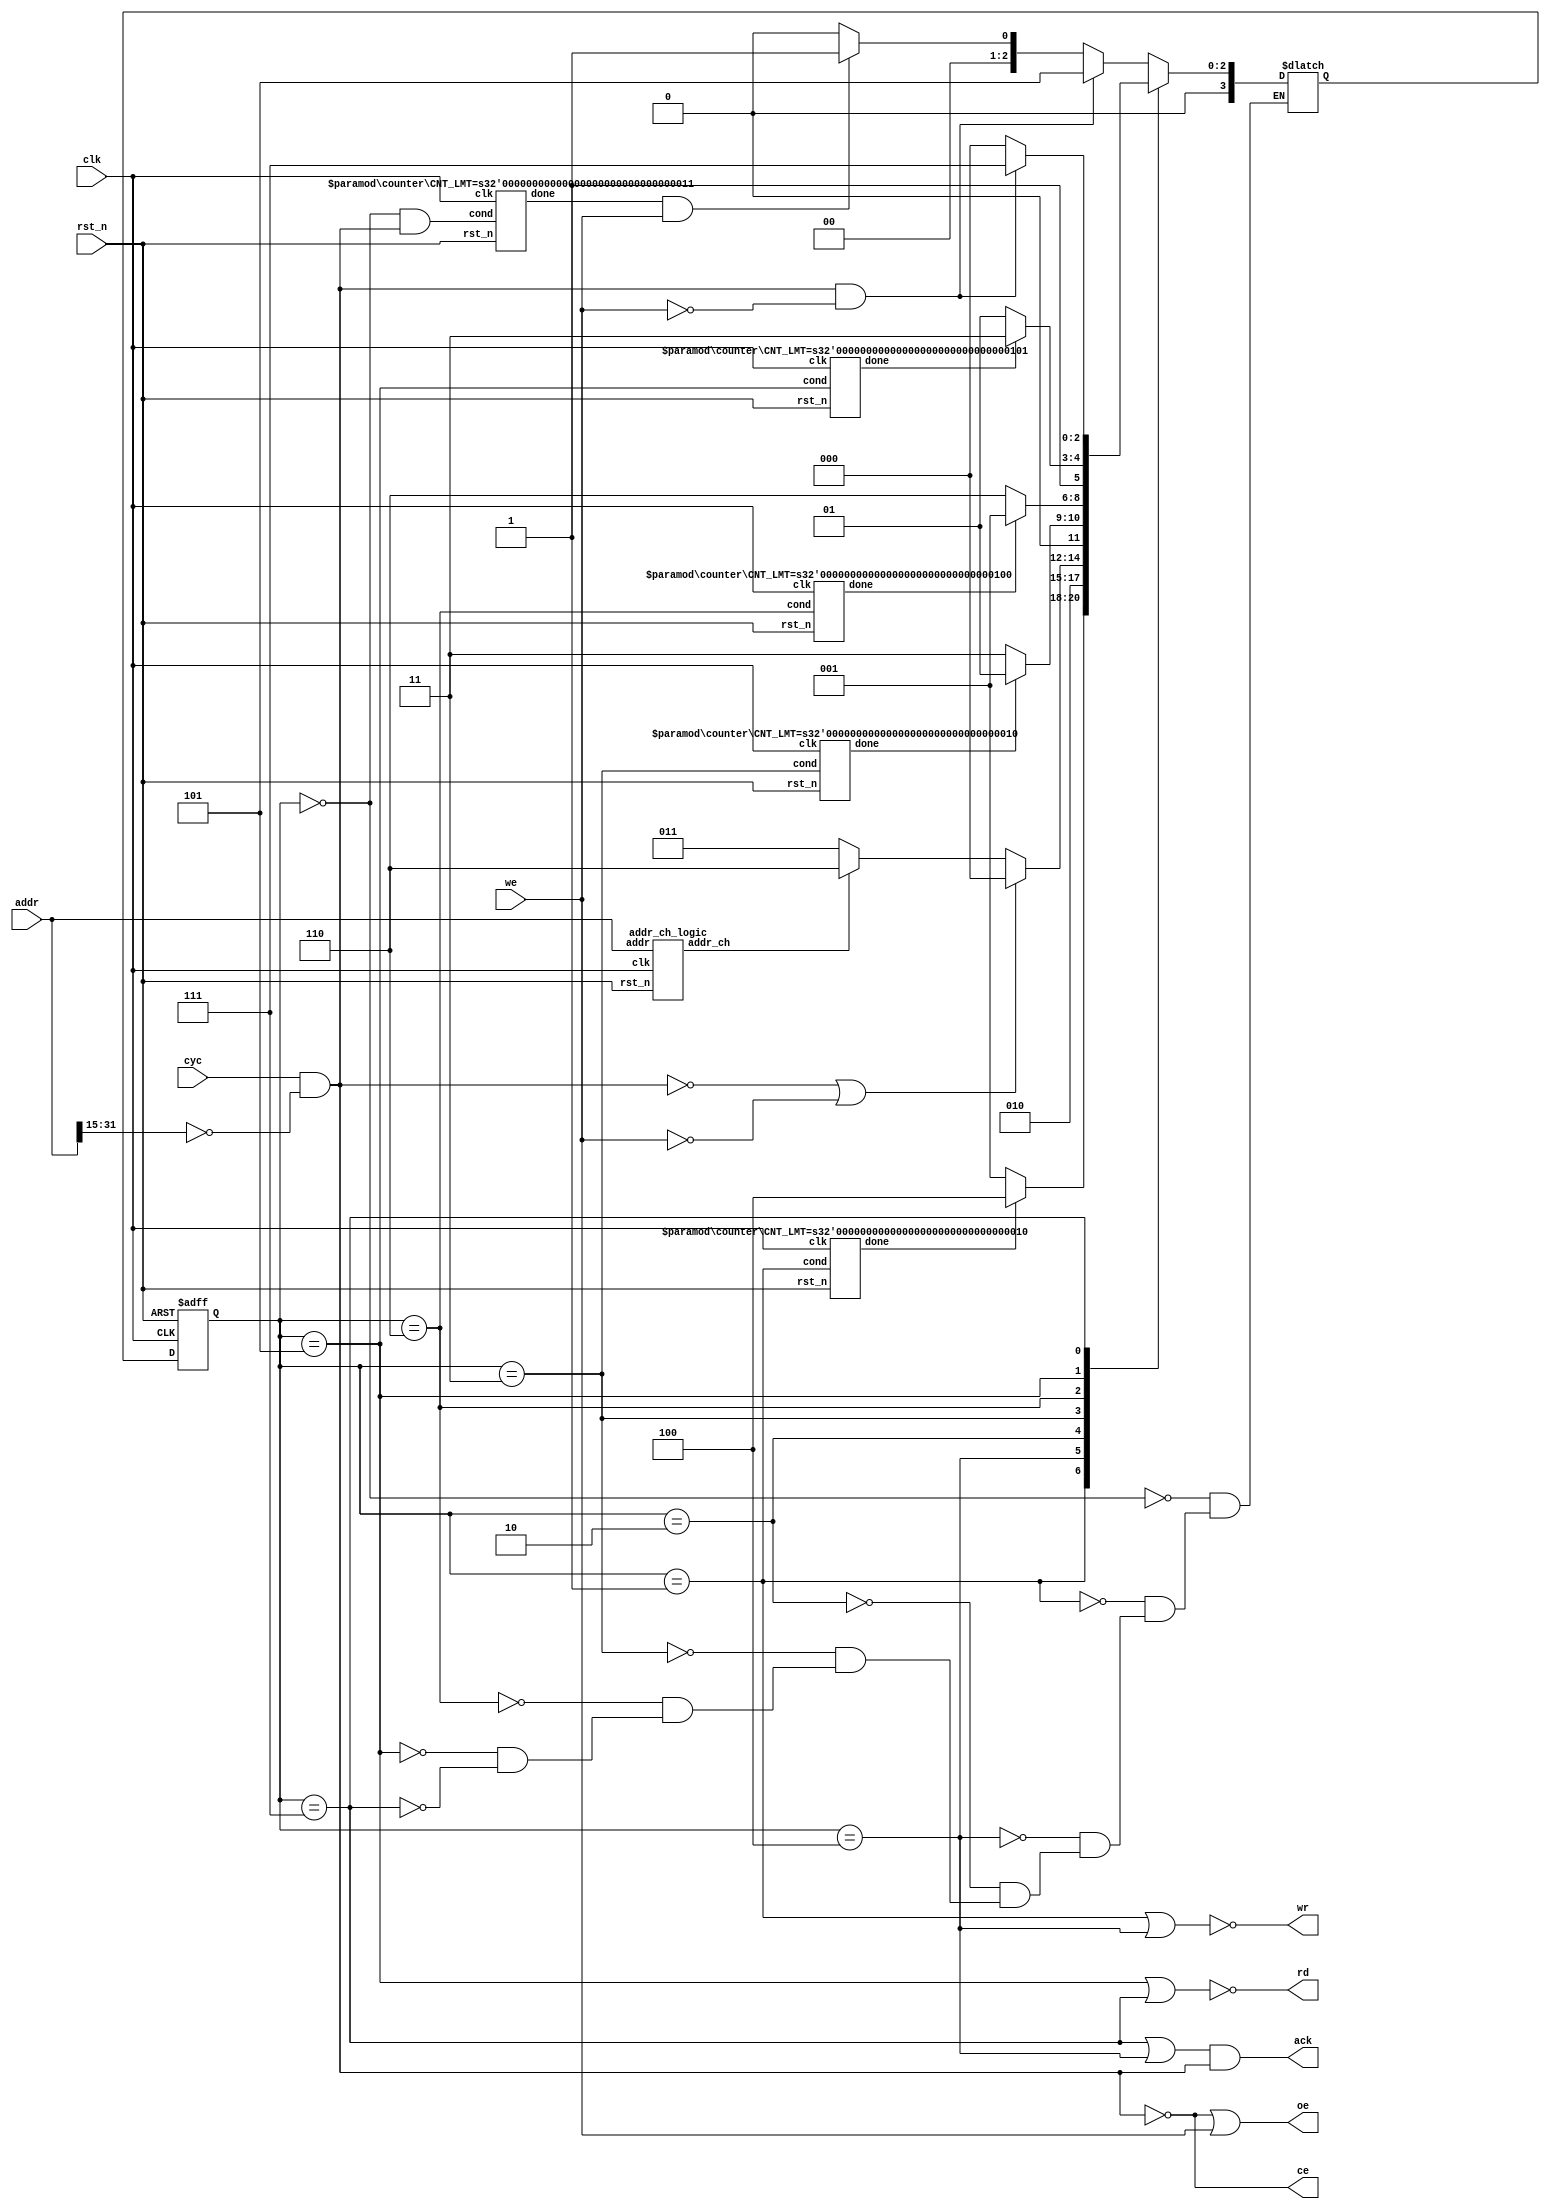
/******* Microarchiture Project********/
/* Module: mem_fsm                    */
/* Description: Memory controller fsm */
/* Author: Sharukh S. Shaikh          */
/**************************************/

module mem_fsm (clk, rst_n, cyc, we, addr, ack, ce, oe, wr, rd);
// Input and Output ports
input         clk;
input         rst_n;
input         cyc;
input         we;
input  [31:0] addr;

output        ack;
output        ce;
output        oe;
output        wr;
output        rd;

// Parameters

localparam IDLE        = 3'b000;
localparam WR_EN       = 3'b001;
localparam WR_ACK      = 3'b100;
localparam WR_ADDR_CHK = 3'b010;
localparam WR_WAIT_N   = 3'b011;
localparam WR_WAIT_2N  = 3'b110;
localparam RD_EN       = 3'b101;
localparam RD_ACK      = 3'b111;

parameter N_CYC = 3; // Assuming 7ns clock period: floor(25ns/7ns)

// Internal variables
reg [3:0] curr_st, next_st;
wire w_cyc, w_start, w_wr_done, w_addr_ch, w_wr_wait_n_done, w_wr_wait_2n_done, w_rd_done;

// logic
assign w_cyc = cyc & (addr[31:15]==17'd0);
assign ce    = ~w_cyc;
assign oe    = ~w_cyc | we;
assign ack   = ((curr_st == RD_ACK) | (curr_st == WR_ACK)) & w_cyc;
assign rd    = ~((curr_st == RD_EN) | (curr_st == RD_ACK));
assign wr    = ~((curr_st == WR_EN) | (curr_st == WR_ACK));

// addr_ch generation
addr_ch_logic u_addr_ch_logic (.clk(clk), .rst_n(rst_n), .addr(addr), .addr_ch(w_addr_ch));

// w_start generation
counter #(.CNT_LMT(N_CYC)) u_start_gen (.clk(clk), .rst_n(rst_n), .cond((curr_st == IDLE) & w_cyc), .done(w_start));

// w_wr_done generation
counter #(.CNT_LMT(N_CYC-1)) u_wr_done_gen (.clk(clk), .rst_n(rst_n), .cond(curr_st == WR_EN), .done(w_wr_done));

// w_wr_wait_n_done generation
counter #(.CNT_LMT(N_CYC-1)) u_wr_wait_n_done_gen (.clk(clk), .rst_n(rst_n), .cond(curr_st == WR_WAIT_N), .done(w_wr_wait_n_done));

// w_wr_wait_2n_done generation
counter #(.CNT_LMT(2*N_CYC-2)) u_wr_wait_2n_done_gen (.clk(clk), .rst_n(rst_n), .cond(curr_st == WR_WAIT_2N), .done(w_wr_wait_2n_done));

// w_rd_done generation
counter #(.CNT_LMT(N_CYC+2)) u_rd_done_gen (.clk(clk), .rst_n(rst_n), .cond(curr_st == RD_EN), .done(w_rd_done));

// mem_fsm

always @(*) begin
  case(curr_st)
  IDLE : begin
    if(w_cyc & ~we)
      next_st = RD_EN;
    else if(w_start & we)
      next_st = WR_EN;
    else
      next_st = IDLE;
  end

  WR_EN : begin
    if(w_wr_done)
      next_st = WR_ACK;
    else
      next_st = WR_EN;
  end

  WR_ACK : begin
    next_st = WR_ADDR_CHK;
  end

  WR_ADDR_CHK : begin
    if(!w_cyc | !we)
      next_st = IDLE;
    else if(w_addr_ch)
      next_st = WR_WAIT_2N;
    else
      next_st = WR_WAIT_N;
  end

  WR_WAIT_N: begin
    if(w_wr_wait_n_done)
      next_st = WR_EN;
    else
      next_st = WR_WAIT_N;
  end

  WR_WAIT_2N: begin
    if(w_wr_wait_2n_done)
      next_st = WR_EN;
    else
      next_st = WR_WAIT_2N;
  end

  RD_EN: begin
    if(w_rd_done)
      next_st = RD_ACK;
    else
      next_st = RD_EN;
  end

  RD_ACK: begin
    if(w_cyc & ~we)
      next_st = RD_ACK;
    else
      next_st = IDLE;
  end

  endcase
end

always @(posedge clk or negedge rst_n) begin
  if(~rst_n) begin
    curr_st <= IDLE;
    end
  else begin
    curr_st <= next_st;
    end
end

endmodule

module addr_ch_logic(clk, rst_n, addr, addr_ch);

input        clk;
input        rst_n;
input [31:0] addr;
output       addr_ch;

reg [31:0] r_addr_del;

always @(posedge clk or negedge rst_n) begin
  if(~rst_n)
    r_addr_del <= 32'd0;
  else
    r_addr_del <= addr;
end

assign addr_ch = ~(addr[14:5] == r_addr_del[14:5]);

endmodule

module counter #(parameter CNT_LMT = 3) (clk, rst_n, cond, done);

input  clk;
input  rst_n;
input  cond;
output done;

reg [2:0] count;

always @(posedge clk or negedge rst_n) begin
  if(~rst_n)
    count <= 3'd0;
  else if(cond)
    count <= count + 1'b1;
  else
    count <= 3'd0;
end
assign done = (count == CNT_LMT);

endmodule